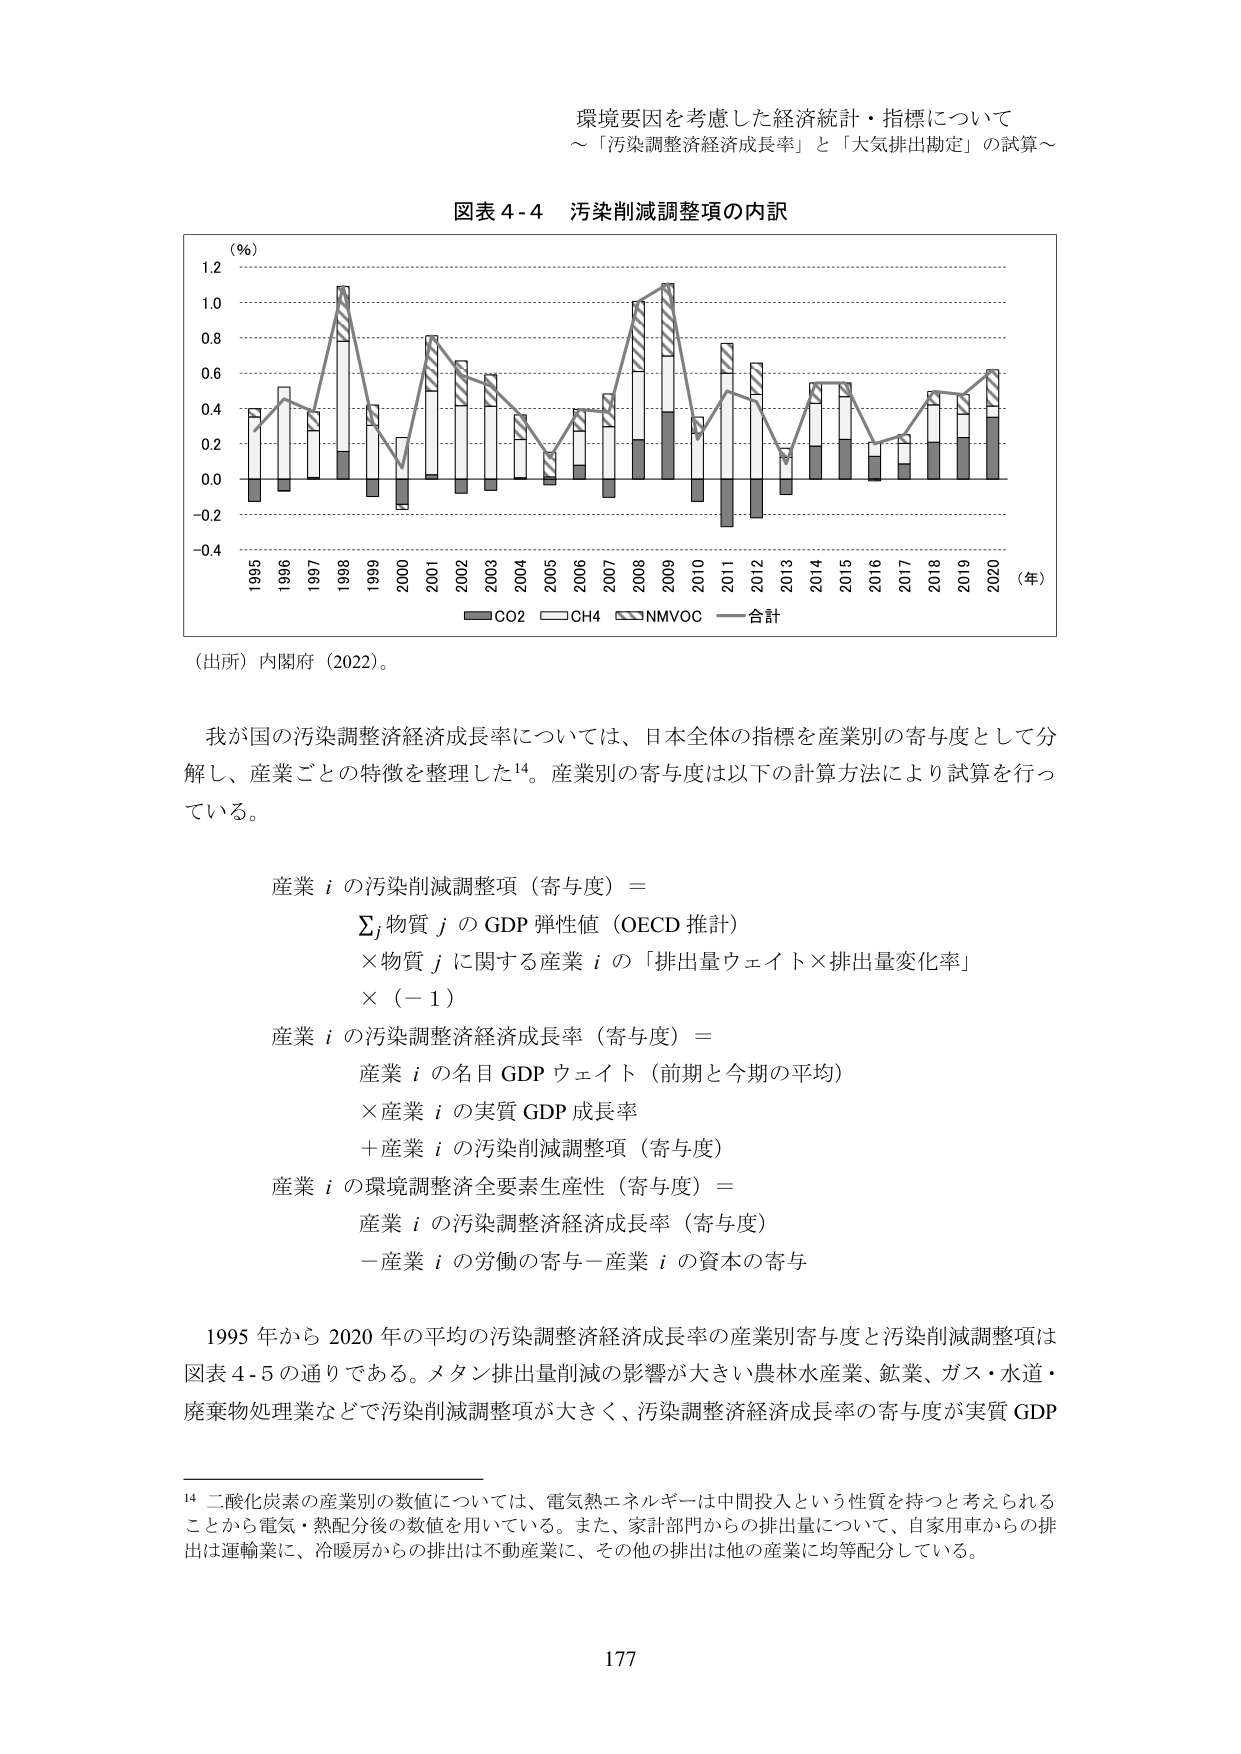
環境要因を考慮した経済統計・指標について
～「汚染調整経済成長率」と「大気排出勘定」の試算～

図表 4-4 汚染削減調整項の内訳

（%）
1.2
1.0
0.8
0.6
0.4
0.2
0.0
-0.2
-0.4

1995 1996 1997 1998 1999 2000 2001 2002 2003 2004 2005 2006 2007 2008 2009 2010 2011 2012 2013 2014 2015 2016 2017 2018 2019 2020 （年）

■ CO2 □ CH4 □ NMVOC — 合計

（出所）内閣府（2022）。

我が国の汚染調整経済成長率については、日本全体の指標を産業別の寄与度として分解し、産業ごとの特徴を整理した¹⁴。産業別の寄与度は以下の計算方法により試算を行っている。

産業 i の汚染削減調整項（寄与度）＝
Σj 物質 j の GDP 弾性値（OECD 推計）
× 物質 j に関する産業 i の「排出量ウェイト×排出量変化率」
×（－1）

産業 i の汚染調整経済成長率（寄与度）＝
産業 i の名目 GDP ウェイト（前期と今期の平均）
× 産業 i の実質 GDP 成長率
＋ 産業 i の汚染削減調整項（寄与度）

産業 i の環境調整済全要素生産性（寄与度）＝
産業 i の汚染調整経済成長率（寄与度）
－ 産業 i の労働の寄与－産業 i の資本の寄与

1995 年から 2020 年の平均の汚染調整経済成長率の産業別寄与度と汚染削減調整項は図表 4-5 の通りである。メタン排出量削減の影響が大きい農林水産業、鉱業、ガス・水道・廃棄物処理業などで汚染削減調整項が大きく、汚染調整経済成長率の寄与度が実質 GDP

¹⁴ 二酸化炭素の産業別の数値については、電気熱エネルギーは中間投入という性質を持つと考えられることから電気・熱配分後の数値を用いている。また、家計部門からの排出量について、自家用車からの排出は運輸業に、冷暖房からの排出は不動産業に、その他の排出は他の産業に均等配分している。

177